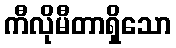
ကီလိုမီတာရှိသော